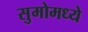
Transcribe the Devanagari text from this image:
सुमोमध्ये